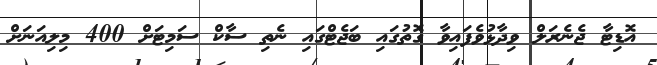
އޮޑިޓާ ޖެނެރަލް ވިދާޅުވެފައިވާ ގޮތުގައި ބަޖެޓްގައި ނެތި ސާކް ސަމިޓަށް 400 މިލިއަނަށް